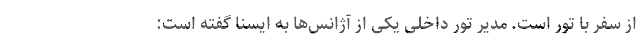
از سفر با تور است. مدیر تور داخلی یکی از آژانس‌ها به ایسنا گفته است: